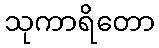
သုကာရိတော